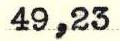
49,23